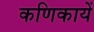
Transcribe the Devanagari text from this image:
कणिकायें